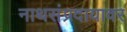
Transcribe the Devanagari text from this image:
नाथसंप्रदायावर